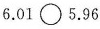
$$6.01\bigcirc 5.96$$